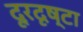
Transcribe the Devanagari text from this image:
दूरदृष्टा